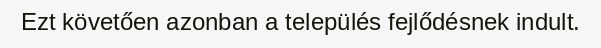
Ezt követően azonban a település fejlődésnek indult.